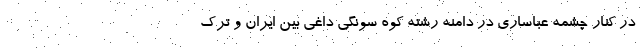
در کنار چشمه عباساری در دامنه رشته کوه سونگی داغی بین ایران و ترک